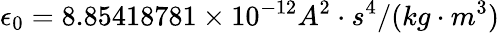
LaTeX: \epsilon_{0}=8.85418781\times 10^{-12}A^{2}\cdot s^{4}/(kg\cdot m^{3})